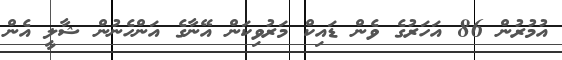
އުމުރުން 86 އަހަރުގެ ވެން ޑައިކް މަރުވިކަން އޭނާގެ އަންހެނުން ޝާލީ އެން